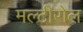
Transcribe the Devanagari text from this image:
मल्टीरोल